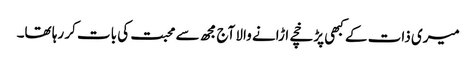
میری ذات کے کبھی پڑخچے اڑانے والا آج مجھ سے محبت کی بات کر رہا تھا۔